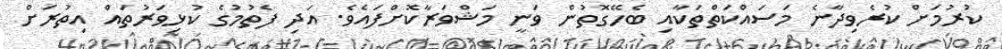
ކުރުމަށް ކުރެވިދާނެ މަސައްކަތްތަކާއި ބެހޭގޮތުން ވަނީ މަޝްވަރާކޮށްފައެވެ. އަދި ފެތުމުގެ ކުޅިވަރުތައް އިތުރަށް